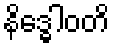
နိဒ္ဓေါဝတိ